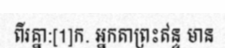
ពីរគ្នា:[1]ក. អ្នកតាព្រះឥន្ទ មាន